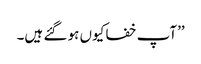
’’آپ خفا کیوں ہو گئے ہیں۔